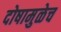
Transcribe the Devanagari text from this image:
दोषामुळेच